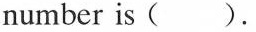
number is ( ).